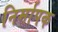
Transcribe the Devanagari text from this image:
निर्मापक